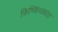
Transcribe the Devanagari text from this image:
किष्किंधकांड